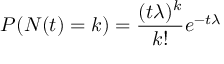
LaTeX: P ( N ( t ) = k ) = { \frac { ( t \lambda ) ^ { k } } { k ! } } e ^ { - t \lambda }